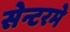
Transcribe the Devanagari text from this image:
सेन्टरमे